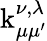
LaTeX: \operatorname{k}_{\mu\mu^{\prime}}^{\nu,\lambda}